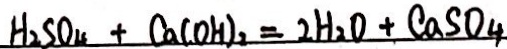
H _ { 2 } S O _ { 4 } + C a ( O H ) _ { 2 } = 2 H _ { 2 } O + C a S O _ { 4 }